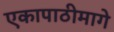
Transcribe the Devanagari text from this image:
एकापाठीमागे